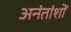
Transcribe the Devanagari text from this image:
अनंतांशों